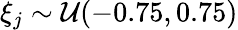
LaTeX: {\xi}_{{j}}\sim\mathcal{U}(-0.75,0.75)